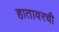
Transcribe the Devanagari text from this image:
हातावरची